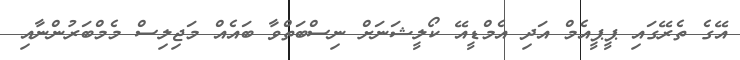
އޭގެ ތެރޭގައި ޕީޕީއެމް އަދި އެމްޑީއޭ ކޯލީޝަނަށް ނިސްބަތްވާ ބައެއް މަޖިލިސް މެމްބަރުންނާއި